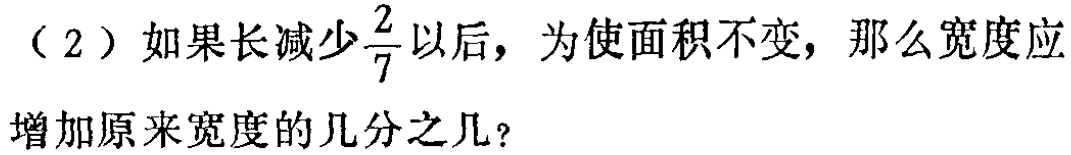
（2）如果长减少$\frac{2}{7}$以后，为使面积不变，那么宽度应增加原来宽度的几分之几？